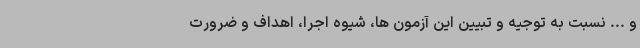
و ... نسبت به توجیه و تبیین این آزمون ها، شیوه اجرا، اهداف و ضرورت